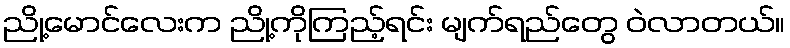
ညို့မောင်လေးက ညို့ကိုကြည့်ရင်း မျက်ရည်တွေ ဝဲလာတယ်။